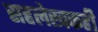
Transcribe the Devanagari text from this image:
सहलेखकही